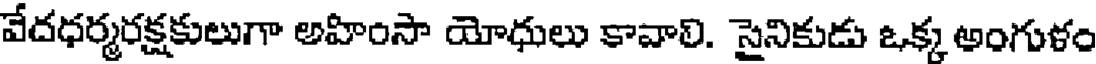
వేదధర్మరక్షకులుగా అహింసా యోధులు కావాలి. సైనికుడు ఒక్క అంగుళం